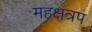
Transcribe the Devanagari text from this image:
महक्षत्रप